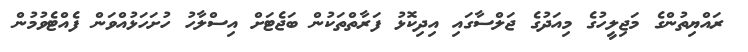
ރައްޔިތުންގެ މަޖިލީހުގެ މިއަދުގެ ޖަލްސާގައި އިދިކޮޅު ފަރާތްތަކުން ބަޖެޓަށް އިސްލާހު ހުށަހަޅުއްވަން ފެއްޓެވުމުން